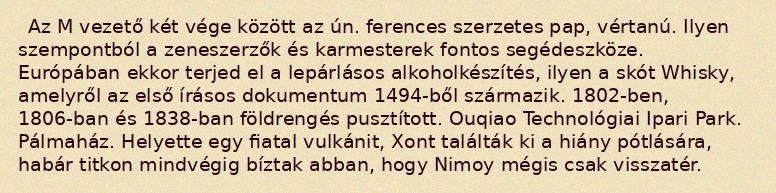
Az M vezető két vége között az ún. ferences szerzetes pap, vértanú. Ilyen szempontból a zeneszerzők és karmesterek fontos segédeszköze. Európában ekkor terjed el a lepárlásos alkoholkészítés, ilyen a skót Whisky, amelyről az első írásos dokumentum 1494-ből származik. 1802-ben, 1806-ban és 1838-ban földrengés pusztított. Ouqiao Technológiai Ipari Park. Pálmaház. Helyette egy fiatal vulkánit, Xont találták ki a hiány pótlására, habár titkon mindvégig bíztak abban, hogy Nimoy mégis csak visszatér.